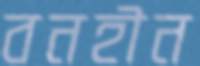
বনহীন